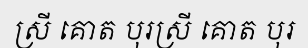
ស្រី គោត បុរស្រី គោត បុរ